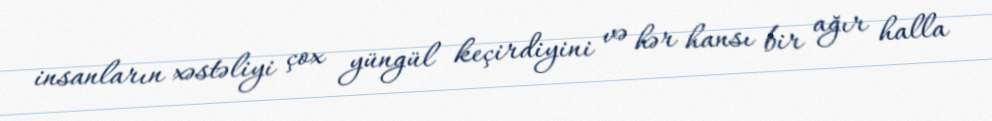
insanların xəstəliyi çox yüngül keçirdiyini və hər hansı bir ağır halla